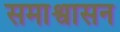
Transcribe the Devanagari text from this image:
समाश्वासन